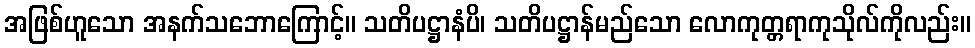
အဖြစ်ဟူသော အနက်သဘောကြောင့်။ သတိပဋ္ဌာနံပိ၊ သတိပဋ္ဌာန်မည်သော လောကုတ္တရာကုသိုလ်ကိုလည်း။